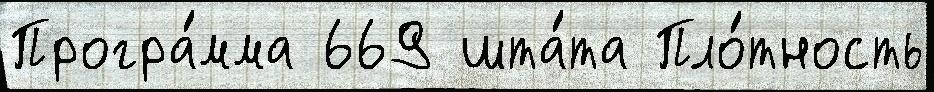
Програ́мма 669 шта́та Пло́тность